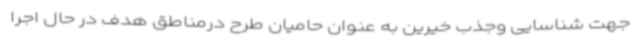
جهت شناسایی وجذب خیرین به عنوان حامیان طرح درمناطق هدف در حال اجرا